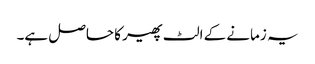
یہ زمانے کے الٹ پھیر کا حاصل ہے۔